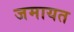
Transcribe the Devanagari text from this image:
जमायत